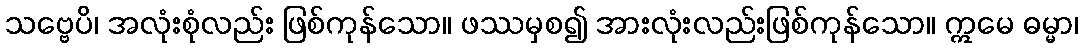
သဗ္ဗေပိ၊ အလုံးစုံလည်း ဖြစ်ကုန်သော။ ဖဿမှစ၍ အားလုံးလည်းဖြစ်ကုန်သော။ ဣမေ ဓမ္မာ၊